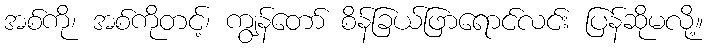
အစ်ကို၊ အစ်ကိုတင့်၊ ကျွန်တော် စိန်ခြယ်ဖြာရောင်လင်း ပြန်ဆိုမလို့။